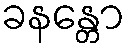
ခနန္တော